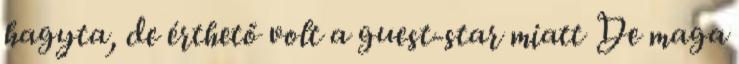
hagyta, de érthető volt a guest-star miatt De maga